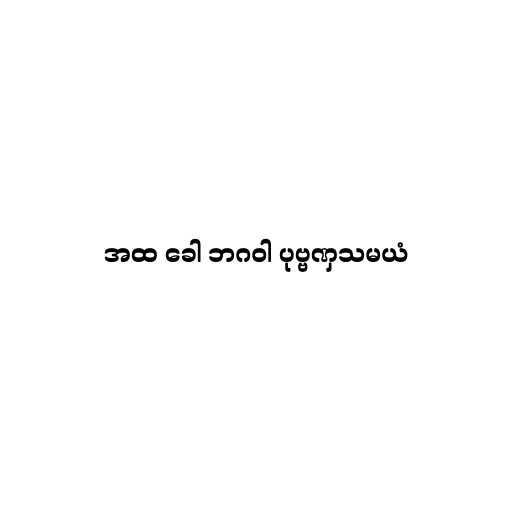
အထ ခေါ ဘဂဝါ ပုဗ္ဗဏှသမယံ